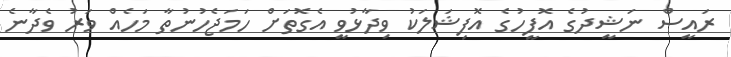
ރައީސް ނަޝީދުގެ އޮފީހުގެ އޮފިޝަލަކު ވިދާޅުވީ އެގޮތަށް ހަަމަޖެހުނުތާ މަހެއް ވަރު ވެދާނެ